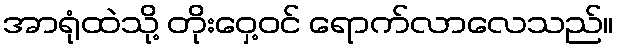
အာရုံထဲသို့ တိုးဝှေ့ဝင် ရောက်လာလေသည်။